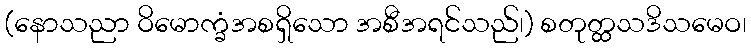
(နောသညာ ဝိမောက္ခံအစရှိသော အစီအရင်သည်၊) စတုတ္ထသဒိသမေဝ၊